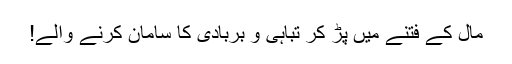
مال کے فتنے میں پڑ کر تباہی و بربادی کا سامان کرنے والے!